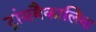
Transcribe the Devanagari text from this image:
ट्रांसबैकालिया